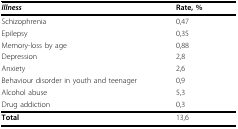
| Illness | Rate, % |
 | --- | --- |
 | Schizophrenia | 0,47 |
 | Epilepsy | 0,35 |
 | Memory-loss by age | 0,88 |
 | Depression | 2,8 |
 | Anxiety | 2,6 |
 | Behaviour disorder in youth and teenager | 0,9 |
 | Alcohol abuse | 5,3 |
 | Drug addiction | 0,3 |
 | Total | 13,6 |